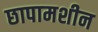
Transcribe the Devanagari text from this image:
छापामशीन